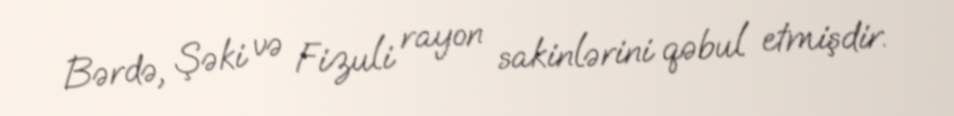
Bərdə, Şəki və Fizuli rayon sakinlərini qəbul etmişdir.